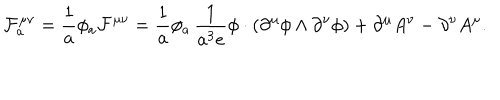
{ \cal F } _ { a } ^ { \mu \nu } = \frac { 1 } { a } \phi _ { a } { \cal F } ^ { \mu \nu } = \frac { 1 } { a } \phi _ { a } \, \frac { 1 } { a ^ { 3 } e } \phi \cdot ( \partial ^ { \mu } \phi \wedge \partial ^ { \nu } \phi ) + \partial ^ { \mu } A ^ { \nu } - \partial ^ { \nu } A ^ { \mu } .